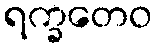
ရက္ခတေဝ